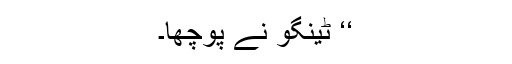
‘‘ ٹینگو نے پوچھا۔